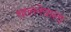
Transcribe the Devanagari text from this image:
धालनेवाला